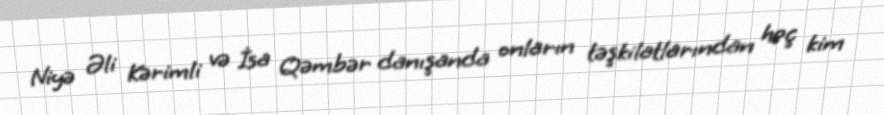
Niyə Əli Kərimli və İsa Qəmbər danışanda onların təşkilatlarından heç kim